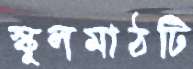
স্কুলমাঠটি